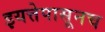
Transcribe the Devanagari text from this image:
इयत्तेपासूनच